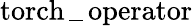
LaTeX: \operatorname{torch\_ operator}